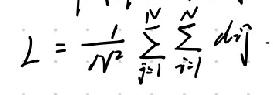
\[ L=\frac{1}{N^{2}}\sum_{j = 1}^{N}\sum_{i\neq j}^{N}d_{ij} \]